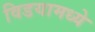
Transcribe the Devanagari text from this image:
विडयामध्ये